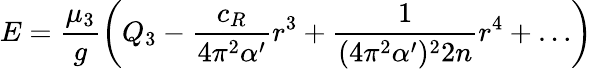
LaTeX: E=\frac{\mu_{3}}{g}\left(Q_{3}-\frac{c_{R}}{4\pi^{2}\alpha^{\prime}}r^{3}+\frac{1}{(4\pi^{2}\alpha^{\prime})^{2}2n}r^{4}+\ldots\right)